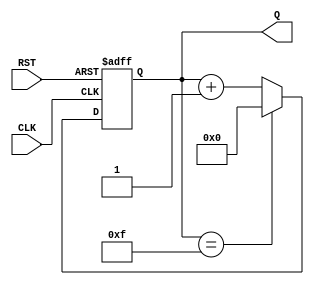
module async_reset_sync_counter #(
    parameter N = 4  // Define the width of the counter (N bits)
)(
    input wire CLK,   // Clock input
    input wire RST,   // Asynchronous reset input
    output reg [N-1:0] Q // N-bit output representing the current count value
);

// Counting operation
always @(posedge CLK or posedge RST) begin
    if (RST) begin
        Q <= 0; // Reset the counter to zero when RST is high
    end else begin
        if (Q == (2**N - 1)) begin
            Q <= 0; // Wrap around if maximum value reached
        end else begin
            Q <= Q + 1; // Increment the counter
        end
    end
end

endmodule